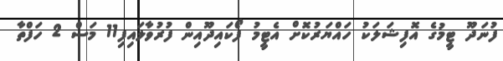
ފުނަދޫ ޓީމުގެ އޮފިޝަލަކު ހައްޔަރުކޮށް އެޓީމު ފޯކައިދޫއިން ފުރުވާލައިފި11 މަސް 2 ހަފްތާ